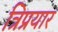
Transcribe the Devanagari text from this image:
त्रिप्रयार